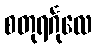
စတုရင်္ဂုလေ